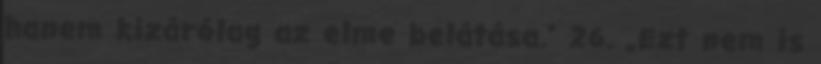
hanem kizárólag az elme belátása.” 26. „Ezt nem is